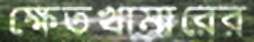
ক্ষেতখামারের